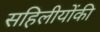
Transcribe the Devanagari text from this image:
सहिलीयोंकी